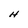
Character: H